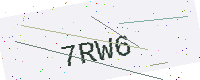
Text: 7RW6